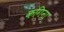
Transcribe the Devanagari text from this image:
कगिना